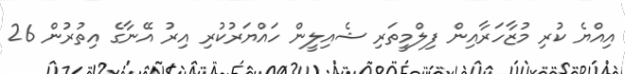
އިއްޔެ ކުރި މުޒާހަރާއިން ފިލްމީތަރި ޝެއިލީން ހައްޔަރުކުރި އިރު އޭނާގެ އިތުރުން 26